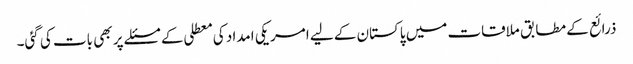
ذرائع کے مطابق ملاقات میں پاکستان کے لیے امریکی امداد کی معطلی کے مسئلے پر بھی بات کی گئی۔